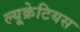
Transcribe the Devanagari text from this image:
ल्यूक्रेटियस